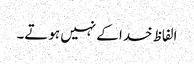
الفاظ خدا کے نہیں ہوتے۔